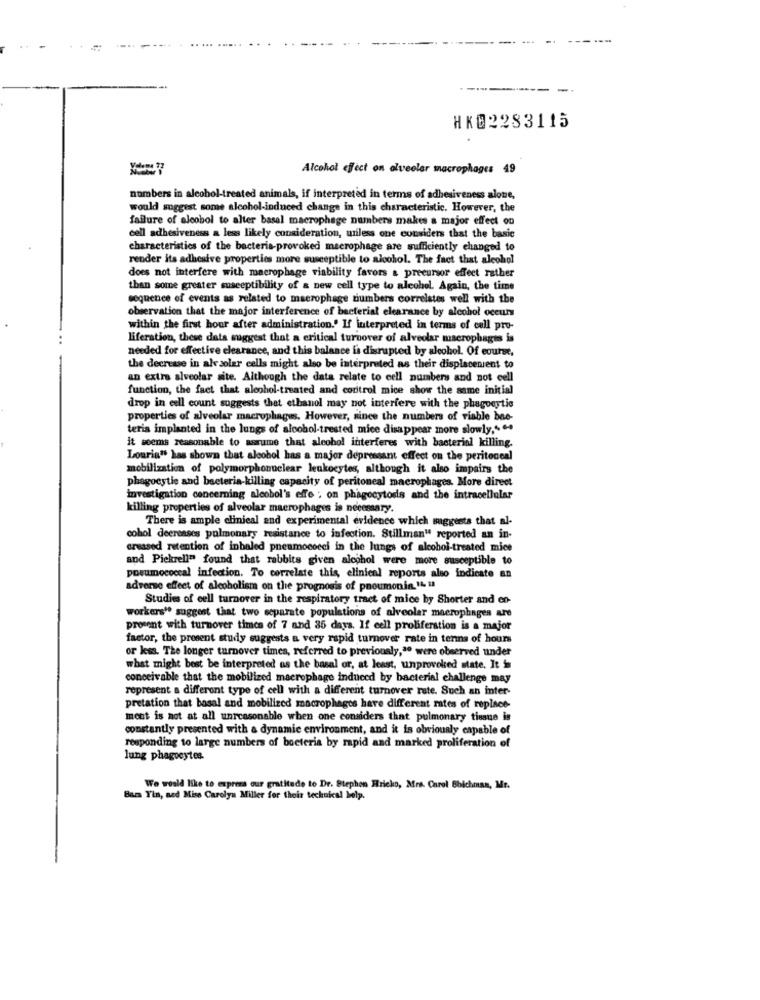
HK02283115
Alcohol effect on alveoler macrophages 49
numbers in alcohol-treated animals, if interpreted in terms of adhesiveness alone,
would suggest some alcohol-induced change in this characteristic. However, the
failure of alcobol to alter basal macrophage numbers makes a major effect ou
cell adhesiveness a less likely consideration, miless one considers that the basic
characteristics of the bacteria-provoked macrophage are sufficiently changed to
render its adhesive properties more susceptible to alcohol. The fact that alcohol
does not interfere with macrophage viability favors a precursor effect rather
than some greater susceptibility of a new cell type to alcohol. Again, the time
sequence of events as related to macrophage numbers correlates well with the
observation that the major interference of bacterial clearance by alcohol oceurs
within the first hour after administration.' If interpreted in terms of cell pro-
liferation, these data suggest that a critical turnover of alveolar macrophages is
needed for effective clearance, and this balance la disrupted by alcohol. Of course,
the decrease in ale solar cells might also be interpreted as their displacenient to
an extra alveolar site. Although the data relate to cell numbers and not cell
function, the fact that alcohol-treated and coritrol mice show the same initial
drop in cell count suggests that ethanol may not interfere with the phagocytic
properties of alveolar macrophages. However, since the numbers of viable bae-
teria implanted in the lungs of alcohol-trested mice disappear more slowly," ".
it seems reasonable to assume that alcohol interferes with bacterinl killing.
Lourin" has shown that alcohol has a major depressant effect on the peritoneal
mobilization of polymorphonuclear leukocytes, although it also impairs the
phagoestie and bacteria-killing capacity of peritoneal macrophages. More direct
investigation concerning alcohol's effe ; on phagocytosis and the intracellular
killing properties of alveolar macrophages is necessary.
There is ample clinical and experimental evidence which suggests that al-
cohol deercases pulmonary resistance to infection. Stillman" reported an in-
creased retention of inhaled pneumococci in the lungs of alcohol-treated mice
and Pickrell" found that rabbits given alcohol were more susceptible to
posumococcal infection. To correlate this, clinical reports also indicate an
adverse effect of alcoholism on the prognosis of pneumonia, IL il
Studies of cell turnover in the respiratory tract of mice by Shorter and en-
workers' suggest that two separate populations of alveolar macrophages are
procent with turnover times of 7 and 35 days. If cell proliferation is a major
factor, the present study suggests a very rapid turnover rate in tenns of hours
or less. The longer turnover times, referred to previously,ªº were observed under
what might best be interpreted as the basal or, at least, unprovoked state. It is
conceivable that the mobilized macrophage induced by bacterial challenge may
represent a different type of cell with a different turnover rate. Such an inter-
pretation that basal and mobilized macrophages have different rates of replace-
ment is not at all unreasonable when one considers that pulmonary tissue is
constantly presented with a dynamic environment, and it is obviously capable of
responding to large numbers of bacteria by rapid and marked proliferation of
lung phagocytes.
We would like to express our gratitude to Dr. Stephen Hricko, Mrs. Carol Bbichmas, Mr.
Bam Yin, and Mise Carolyn Miller for their technical help.